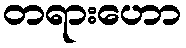
တရားဟော